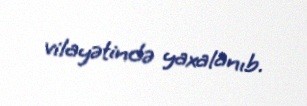
vilayətində yaxalanıb.